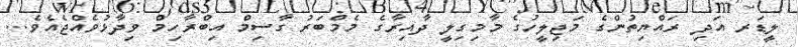
ލީޑަރ އަދި ރައްޔިތުންގެ މަޖިލީހުގެ މާމިގިލީ ދާއިރާގެ މެމްބަރު ގާސިމް އިބްރާހިމް ވިދާޅުވެއްޖެއެވެ...